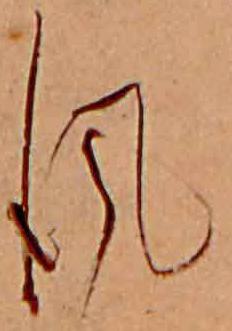
風